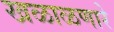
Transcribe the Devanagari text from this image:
खळाळणारे